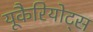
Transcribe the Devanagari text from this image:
यूकैरियोट्स